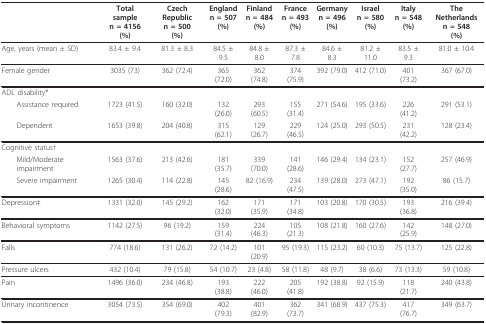
<table><thead><tr><td></td><td><b>Total samplen = 4156(%)</b></td><td><b>Czech Republicn = 500(%)</b></td><td><b>Englandn = 507(%)</b></td><td><b>Finlandn = 484(%)</b></td><td><b>Francen = 493(%)</b></td><td><b>Germanyn = 496(%)</b></td><td><b>Israeln = 580(%)</b></td><td><b>Italyn = 548(%)</b></td><td><b>The Netherlandsn = 548(%)</b></td></tr></thead><tbody><tr><td>Age, years (mean ± SD)</td><td>83.4 ± 9.4</td><td>81.3 ± 8.3</td><td>84.5 ± 9.5</td><td>84.8 ± 8.0</td><td>87.3 ± 7.8</td><td>84.6 ± 8.3</td><td>81.2 ± 11.0</td><td>83.5 ± 9.3</td><td>81.0 ± 10.4</td></tr><tr><td>Female gender</td><td>3035 (73)</td><td>362 (72.4)</td><td>365 (72.0)</td><td>362 (74.8)</td><td>374 (75.9)</td><td>392 (79.0)</td><td>412 (71.0)</td><td>401 (73.2)</td><td>367 (67.0)</td></tr><tr><td>ADL disability*</td><td></td><td></td><td></td><td></td><td></td><td></td><td></td><td></td><td></td></tr><tr><td> Assistance required</td><td>1723 (41.5)</td><td>160 (32.0)</td><td>132 (26.0)</td><td>293 (60.5)</td><td>155 (31.4)</td><td>271 (54.6)</td><td>195 (33.6)</td><td>226 (41.2)</td><td>291 (53.1)</td></tr><tr><td> Dependent</td><td>1653 (39.8)</td><td>204 (40.8)</td><td>315 (62.1)</td><td>129 (26.7)</td><td>229 (46.5)</td><td>124 (25.0)</td><td>293 (50.5)</td><td>231 (42.2)</td><td>128 (23.4)</td></tr><tr><td>Cognitive status†</td><td></td><td></td><td></td><td></td><td></td><td></td><td></td><td></td><td></td></tr><tr><td> Mild/Moderate impairment</td><td>1563 (37.6)</td><td>213 (42.6)</td><td>181 (35.7)</td><td>339 (70.0)</td><td>141 (28.6)</td><td>146 (29.4)</td><td>134 (23.1)</td><td>152 (27.7)</td><td>257 (46.9)</td></tr><tr><td> Severe impairment</td><td>1265 (30.4)</td><td>114 (22.8)</td><td>145 (28.6)</td><td>82 (16.9)</td><td>234 (47.5)</td><td>139 (28.0)</td><td>273 (47.1)</td><td>192 (35.0)</td><td>86 (15.7)</td></tr><tr><td>Depression‡</td><td>1331 (32.0)</td><td>145 (29.2)</td><td>162 (32.0)</td><td>171 (35.9)</td><td>171 (34.8)</td><td>103 (20.8)</td><td>170 (30.5)</td><td>193 (36.8)</td><td>216 (39.4)</td></tr><tr><td>Behavioral symptoms</td><td>1142 (27.5)</td><td>96 (19.2)</td><td>159 (31.4)</td><td>224 (46.3)</td><td>105 (21.3)</td><td>108 (21.8)</td><td>160 (27.6)</td><td>142 (25.9)</td><td>148 (27.0)</td></tr><tr><td>Falls</td><td>774 (18.6)</td><td>131 (26.2)</td><td>72 (14.2)</td><td>101 (20.9)</td><td>95 (19.3)</td><td>115 (23.2)</td><td>60 (10.3)</td><td>75 (13.7)</td><td>125 (22.8)</td></tr><tr><td>Pressure ulcers</td><td>432 (10.4)</td><td>79 (15.8)</td><td>54 (10.7)</td><td>23 (4.8)</td><td>58 (11.8)</td><td>48 (9.7)</td><td>38 (6.6)</td><td>73 (13.3)</td><td>59 (10.8)</td></tr><tr><td>Pain</td><td>1496 (36.0)</td><td>234 (46.8)</td><td>193 (38.8)</td><td>222 (46.0)</td><td>205 (41.8)</td><td>192 (38.8)</td><td>92 (15.9)</td><td>118 (21.7)</td><td>240 (43.8)</td></tr><tr><td>Urinary incontinence</td><td>3054 (73.5)</td><td>354 (69.0)</td><td>402 (79.3)</td><td>401 (82.9)</td><td>362 (73.7)</td><td>341 (68.9)</td><td>437 (75.3)</td><td>417 (76.7)</td><td>349 (63.7)</td></tr></tbody></table>